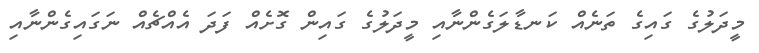
މީދަލުގެ ގައިގެ ތަނެއް ކަނޑާލަގެންނާއި މީދަލުގެ ގައިން ގޮށެއް ފަދަ އެއްޗެއް ނަގައިގެންނާއި